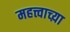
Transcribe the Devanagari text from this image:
महत्त्वाच्य़ा